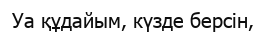
Уа құдайым, күзде берсін,